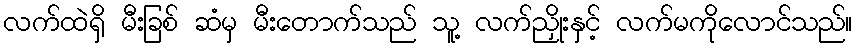
လက်ထဲရှိ မီးခြစ် ဆံမှ မီးတောက်သည် သူ့ လက်ညှိုးနှင့် လက်မကိုလောင်သည်။